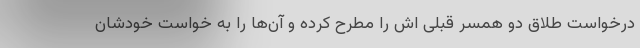
درخواست طلاق دو همسر قبلی اش را مطرح کرده و آن‌ها را به خواست خودشان